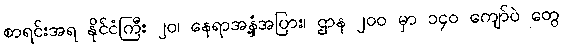
စာရင်းအရ နိုင်ငံကြီး ၂၀၊ နေရာအနှံ့အပြား၊ ဌာန ၂၀၀ မှာ ၁၄၀ ကျော်ပဲ တွေ